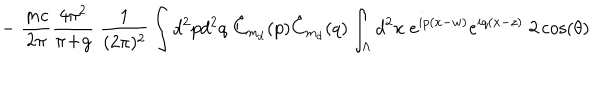
- \; \frac { m c } { 2 \pi } \frac { 4 \pi ^ { 2 } } { \pi \! + \! g } \; \frac { 1 } { ( 2 \pi ) ^ { 2 } } \int d ^ { 2 } p d ^ { 2 } q \; \hat { C } _ { m _ { d } } ( p ) \hat { C } _ { m _ { d } } ( q ) \int _ { \Lambda } d ^ { 2 } x \; e ^ { i p ( x - w ) } e ^ { i q ( x - z ) } \; 2 \cos ( \theta )